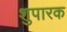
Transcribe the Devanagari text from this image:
शुपारक